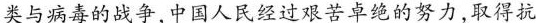
类与病毒的战争，中国人民经过艰苦卓绝的努力，取得